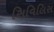
સિવિલિસ